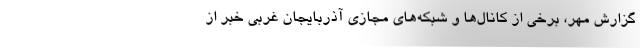
گزارش مهر، برخی از کانال‌ها و شبکه‌های مجازی آذربایجان غربی خبر از